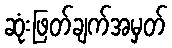
ဆုံးဖြတ်ချက်အမှတ်